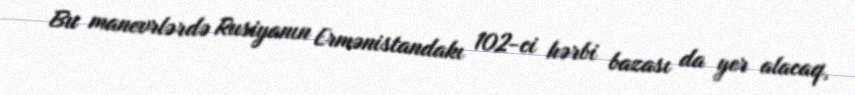
Bu manevrlərdə Rusiyanın Ermənistandakı 102-ci hərbi bazası da yer alacaq,